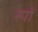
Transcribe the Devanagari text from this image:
स्पॉ